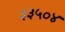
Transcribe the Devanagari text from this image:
३३५०४